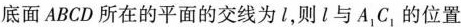
底面ABCD所在的平面的交线为l，则l与A_{1}C_{1}的位置